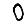
Digit: 0